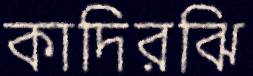
কাদিরঝি